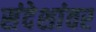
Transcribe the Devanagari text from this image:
संदेशांवर